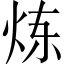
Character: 炼